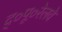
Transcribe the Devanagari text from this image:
द्०पू०रेलवे